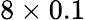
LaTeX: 8\times 0.1